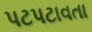
પટપટાવતા